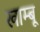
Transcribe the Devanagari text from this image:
खाम्बू